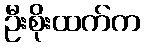
ဦးစိုးထက်က